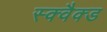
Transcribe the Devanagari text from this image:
स्क्वैक्ड